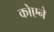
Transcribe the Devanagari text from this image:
कोएने